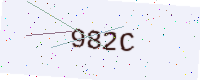
Text: 982C